Reports on military cantonments and civil stations in the Presidency of Bombay inspected by the Sanitary Commissioner in the years 1875 and 1876
Year: 1875
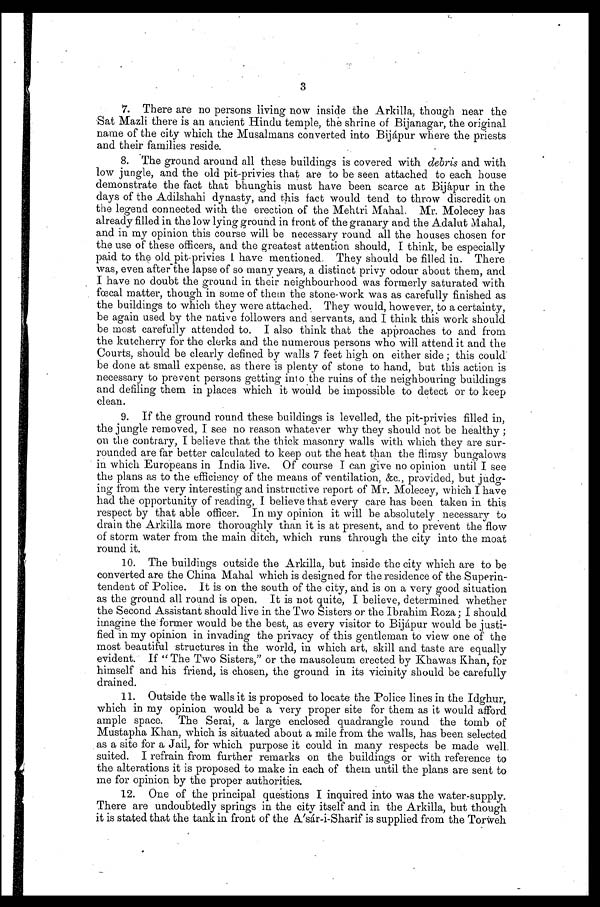
3
7. There are no persons living now inside the Arkilla, though near the
Sat Mazli there is an ancient Hindu temple, the shrine of Bijanagar, the original
name of the city which the Musalmans converted into Bijápur where the priests
and their families reside.
8. The ground around all these buildings is covered with debris and with
low jungle, and the old pit-privies that are to be seen attached to each house
demonstrate the fact that bhunghis must have been scarce at Bijápur in the
days of the Adilshahi dynasty, and this fact would tend to throw discredit on
the legend connected with the erection of the Mehtri Mahal. Mr. Molecey has
already filled in the low lying ground in front of the granary and the Adalut Mahal,
and in my opinion this course will be necessary round all the houses chosen for
the use of these officers, and the greatest attention should, I think, be especially
paid to the old pit-privies I have mentioned. They should be filled in. There
was, even after-the lapse of so many years, a distinct privy odour about them, and
I have no doubt the ground in their neighbourhood was formerly saturated with
fœcal matter, though in some of them the stone-work was as carefully finished as
the buildings to which they were attached. They would, however, to a certainty,
be again used by the native followers and servants, and I think this work should
be most carefully attended to. I also think that the approaches to and from
the kutcherry for the clerks and the numerous persons who will attend it and the
Courts, should be clearly defined by walls 7 feet high on either side ; this could
be done at small expense, as there is plenty of stone to hand, but this action is
necessary to prevent persons getting into the ruins of the neighbouring buildings
and defiling them in places which it would be impossible to detect or to keep
clean.
9. If the ground round these buildings is levelled, the pit-privies filled in,
the jungle removed, I see no reason whatever why they should not be healthy ;
on the contrary, I believe that the thick masonry walls with which they are sur-
rounded are far better calculated to keep out the heat than the flimsy bungalows
in which Europeans in India live. Of course I can give no opinion until I see
the plans as to the efficiency of the means of ventilation, &c., provided, but judg-
ing from the very interesting and instructive report of Mr. Molecey, which I have
had the opportunity of reading, I believe that every care has been taken in this
respect by that able officer. In my opinion it will be absolutely necessary to
drain the Arkilla more thoroughly than it is at present, and to prevent the flow
of storm water from the main ditch, which runs through the city into the moat
round it.
10. The buildings outside the Arkilla, but inside the city which are to be
converted are the China Mahal which is designed for the residence of the Superin-
tendent of Police. It is on the south of the city, and is on a very good situation
as the ground all round is open. It is not quite, I believe, determined whether
the Second Assistant should live in the Two Sisters or the Ibrahim Roza ; I should
imagine the former would be the best, as every visitor to Bijápur would be justi-
fied in my opinion in invading the privacy of this gentleman to view one of the
most beautiful structures in the world, in which art, skill and taste are equally
evident. If " The Two Sisters," or the mausoleum erected by Khawas Khan, for
himself and his friend, is chosen, the ground in its vicinity should be carefully
drained.
11. Outside the walls it is proposed to locate the Police lines in the Idghur,
which in my opinion would be a very proper site for them as it would afford
ample space. The Serai, a large enclosed quadrangle round the tomb of
Mustapha Khan, which is situated about a mile from the walls, has been selected
as a site for a Jail, for which purpose it could in many respects be made well.
suited. I refrain from further remarks on the buildings or with reference to
the alterations it is proposed to make in each of them until the plans are sent to
me for opinion by the proper authorities.
12. One of the principal questions I inquired into was the water-supply.
There are undoubtedly springs in the city itself and in the Arkilla, but though
it is stated that the tank in front of the Asár-i-Sharif is supplied from the Torweh